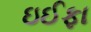
ઇઈફા